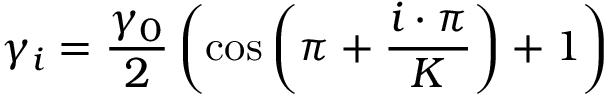
\gamma _ { i } = \frac { \gamma _ { 0 } } { 2 } \left( \cos \left( \pi + \frac { i \cdot \pi } { K } \right) + 1 \right)